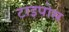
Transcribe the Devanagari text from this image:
टाइपोस